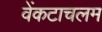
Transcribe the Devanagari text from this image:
वेंकटाचलम